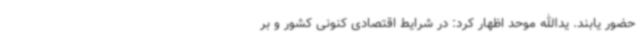
حضور یابند. یدالله موحد اظهار کرد: در شرایط اقتصادی کنونی کشور و بر